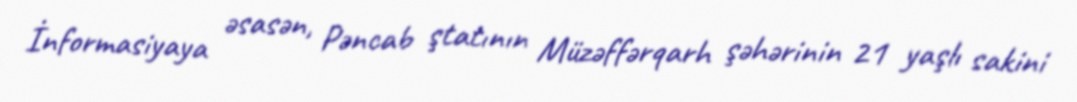
İnformasiyaya əsasən, Pəncab ştatının Müzəffərqarh şəhərinin 21 yaşlı sakini